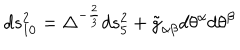
LaTeX: d s _ { 1 0 } ^ { 2 } = \Delta ^ { - \frac { 2 } { 3 } } d s _ { 5 } ^ { 2 } + \tilde { g } _ { \alpha \beta } d \theta ^ { \alpha } d \theta ^ { \beta }